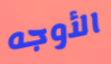
الأوجه